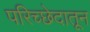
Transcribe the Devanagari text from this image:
परिच्छेदातून